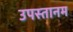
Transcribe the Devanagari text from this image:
उपस्तानम